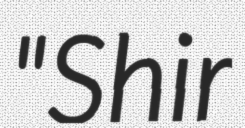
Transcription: "Shir